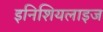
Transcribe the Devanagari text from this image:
इनिशियलाइज